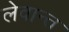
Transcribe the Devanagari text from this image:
लेवान्त